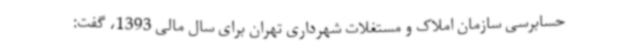
حسابرسی سازمان املاک و مستغلات شهرداری تهران برای سال مالی 1393، گفت: